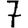
Digit: 7